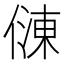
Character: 𠍀